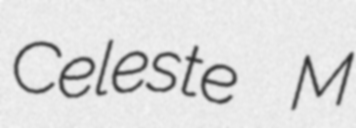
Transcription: Celeste M